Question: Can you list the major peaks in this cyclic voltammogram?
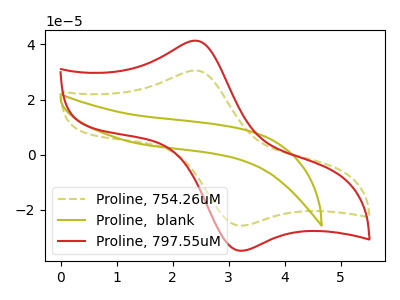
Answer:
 <answer>The olive dashed curve "Proline, 754.26uM" has an anodic peak at (2.40V, 30.55uA) and a cathodic peak at (3.20V, -25.75uA). The olive curve "Proline,  blank" has no peaks. The red curve "Proline, 797.55uM" has an anodic peak at (2.40V, 41.35uA) and a cathodic peak at (3.20V, -34.85uA).</answer>
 <eval></eval>